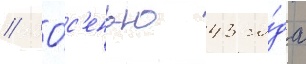
// О́с'енью 43 го́да